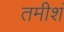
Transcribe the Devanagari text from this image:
तमीशं